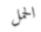
الحمل